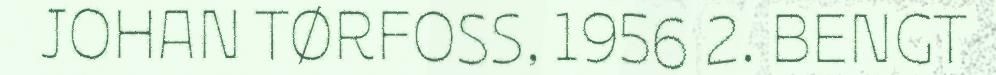
JOHAN TØRFOSS, 1956 2. BENGT